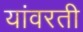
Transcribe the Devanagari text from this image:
यांवरती